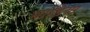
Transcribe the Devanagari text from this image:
भांड़िया